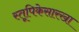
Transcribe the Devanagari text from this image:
स्तूपिकेसारखा